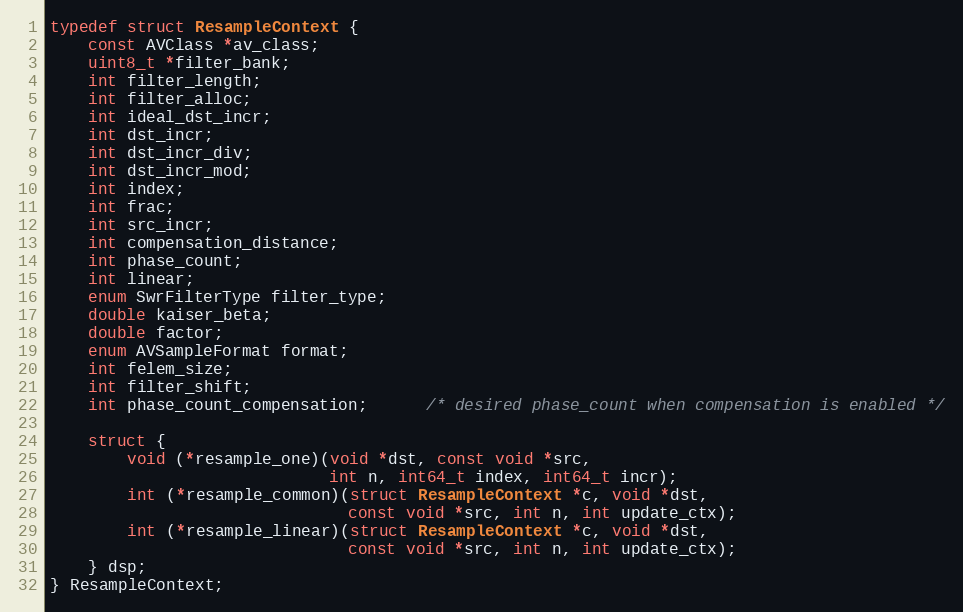
Language: C
typedef struct ResampleContext {
    const AVClass *av_class;
    uint8_t *filter_bank;
    int filter_length;
    int filter_alloc;
    int ideal_dst_incr;
    int dst_incr;
    int dst_incr_div;
    int dst_incr_mod;
    int index;
    int frac;
    int src_incr;
    int compensation_distance;
    int phase_count;
    int linear;
    enum SwrFilterType filter_type;
    double kaiser_beta;
    double factor;
    enum AVSampleFormat format;
    int felem_size;
    int filter_shift;
    int phase_count_compensation;      /* desired phase_count when compensation is enabled */

    struct {
        void (*resample_one)(void *dst, const void *src,
                             int n, int64_t index, int64_t incr);
        int (*resample_common)(struct ResampleContext *c, void *dst,
                               const void *src, int n, int update_ctx);
        int (*resample_linear)(struct ResampleContext *c, void *dst,
                               const void *src, int n, int update_ctx);
    } dsp;
} ResampleContext;